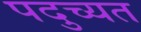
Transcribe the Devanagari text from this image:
पदुच्यत